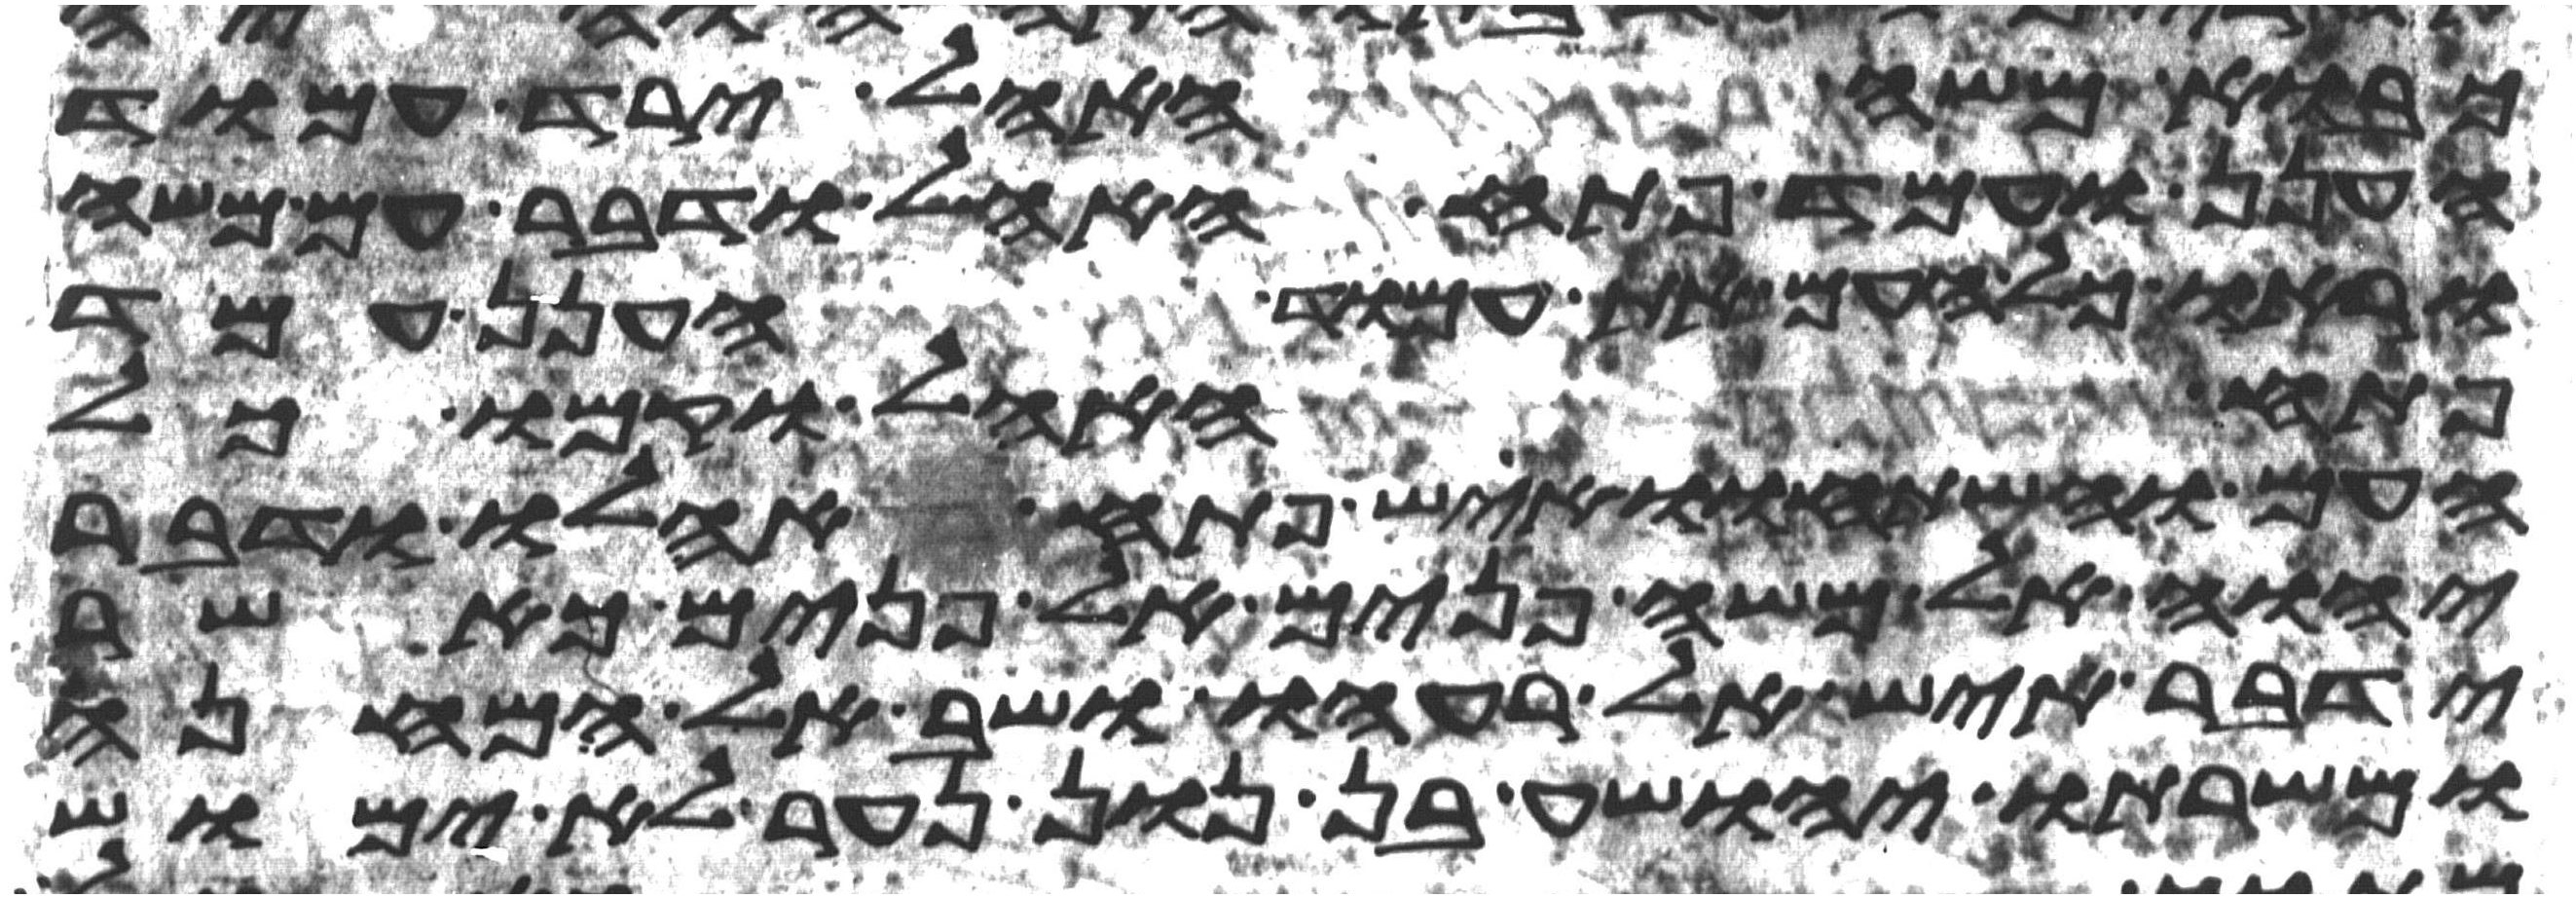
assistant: כבוא משה האהל ירד עמוד
הענן ועמד פתח האהל ודבר עם משה
וראו כל העם את עמוד הענן עמד
פתח האהל וקמו כל
העם והשתחוו איש פתח אהלו ודבר
יהוה אל משה פנים אל פנים כאשר
ידבר איש אל רעהו ושב אל המחנה
ומשרתו יהושע בן נון נער לא ימוש